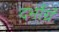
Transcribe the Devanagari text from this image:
दर्भाग्रं